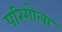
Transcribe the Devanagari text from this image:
परिगोला